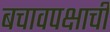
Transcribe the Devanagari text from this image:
बचावपक्षाची